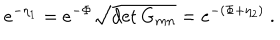
LaTeX: e ^ { - \eta _ { 1 } } = e ^ { - \Phi } \sqrt { \det G _ { m n } } = e ^ { - ( \Phi + \eta _ { 2 } ) } \ .